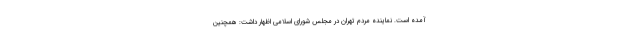
آمده است. نماینده مردم تهران در مجلس شورای اسلامی اظهار داشت: همچنین